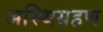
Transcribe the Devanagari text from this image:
अस्थिग्रहण